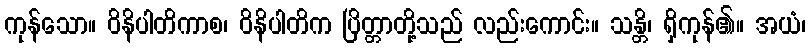
ကုန်သော။ ဝိနိပါတိကာစ၊ ဝိနိပါတိက ပြိတ္တာတို့သည် လည်းကောင်း။ သန္တိ၊ ရှိကုန်၏။ အယံ၊